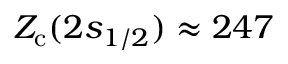
Z _ { \mathrm { c } } ( 2 s _ { 1 / 2 } ) \approx 2 4 7